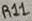
Text: R11